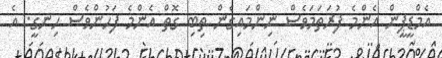
އެމްޑީޕީން އެންމެ ފުރަތަމަވެސް ނިންމައިގެން ތިބި ގޮތް އެންމެ ފަހުންވެސް ހިނގީ. އެ